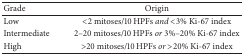
<table><thead><tr><td><b>Grade</b></td><td><b>Origin</b></td></tr></thead><tbody><tr><td>Low</td><td>&lt;2 mitoses/10 HPFs <i>and</i> &lt;3% Ki-67 index</td></tr><tr><td>Intermediate</td><td>2–20 mitoses/10 HPFs <i>or</i> 3%–20% Ki-67 index</td></tr><tr><td>High</td><td>&gt;20 mitoses/10 HPFs <i>or</i> &gt;20% Ki-67 index</td></tr></tbody></table>